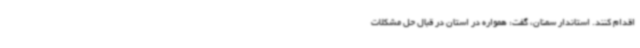
اقدام کنند. استاندار سمنان، گفت: همواره در استان در قبال حل مشکلات